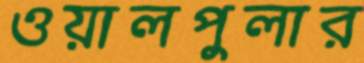
ওয়ালপুলার